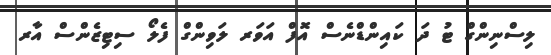
ލިސްނިންގް ޓު ދަ ކައިންޑްނެސް އޮފް އަވަރ ލަވިންގް ފެލޯ ސިޓިޒެންސް އާރ